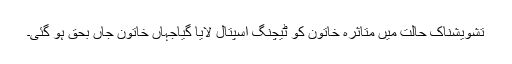
تشویشناک حالت میں متاثرہ خاتون کو ٹیچنگ اسپتال لایا گیاجہاں خاتون جاں بحق ہو گئی۔